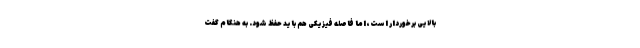
بالایی برخوردار است، اما فاصله فیزیکی هم باید حفظ شود. به هنگام گفت